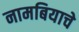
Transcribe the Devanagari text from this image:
नामबियाचे